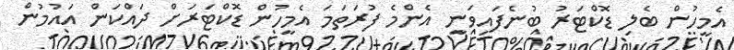
އެމީހުން ބެލި ޑޮކްޓަރު ބުނެފައިވަނީ އެންމެ ފުރަތަމަ އެމީހުން ޑޮކްޓަރަށް ދައްކަން އައުމުން